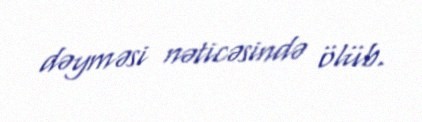
dəyməsi nəticəsində ölüb.